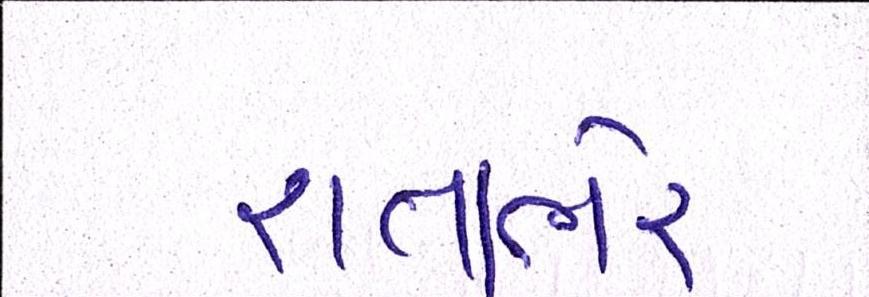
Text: રાતાભેર